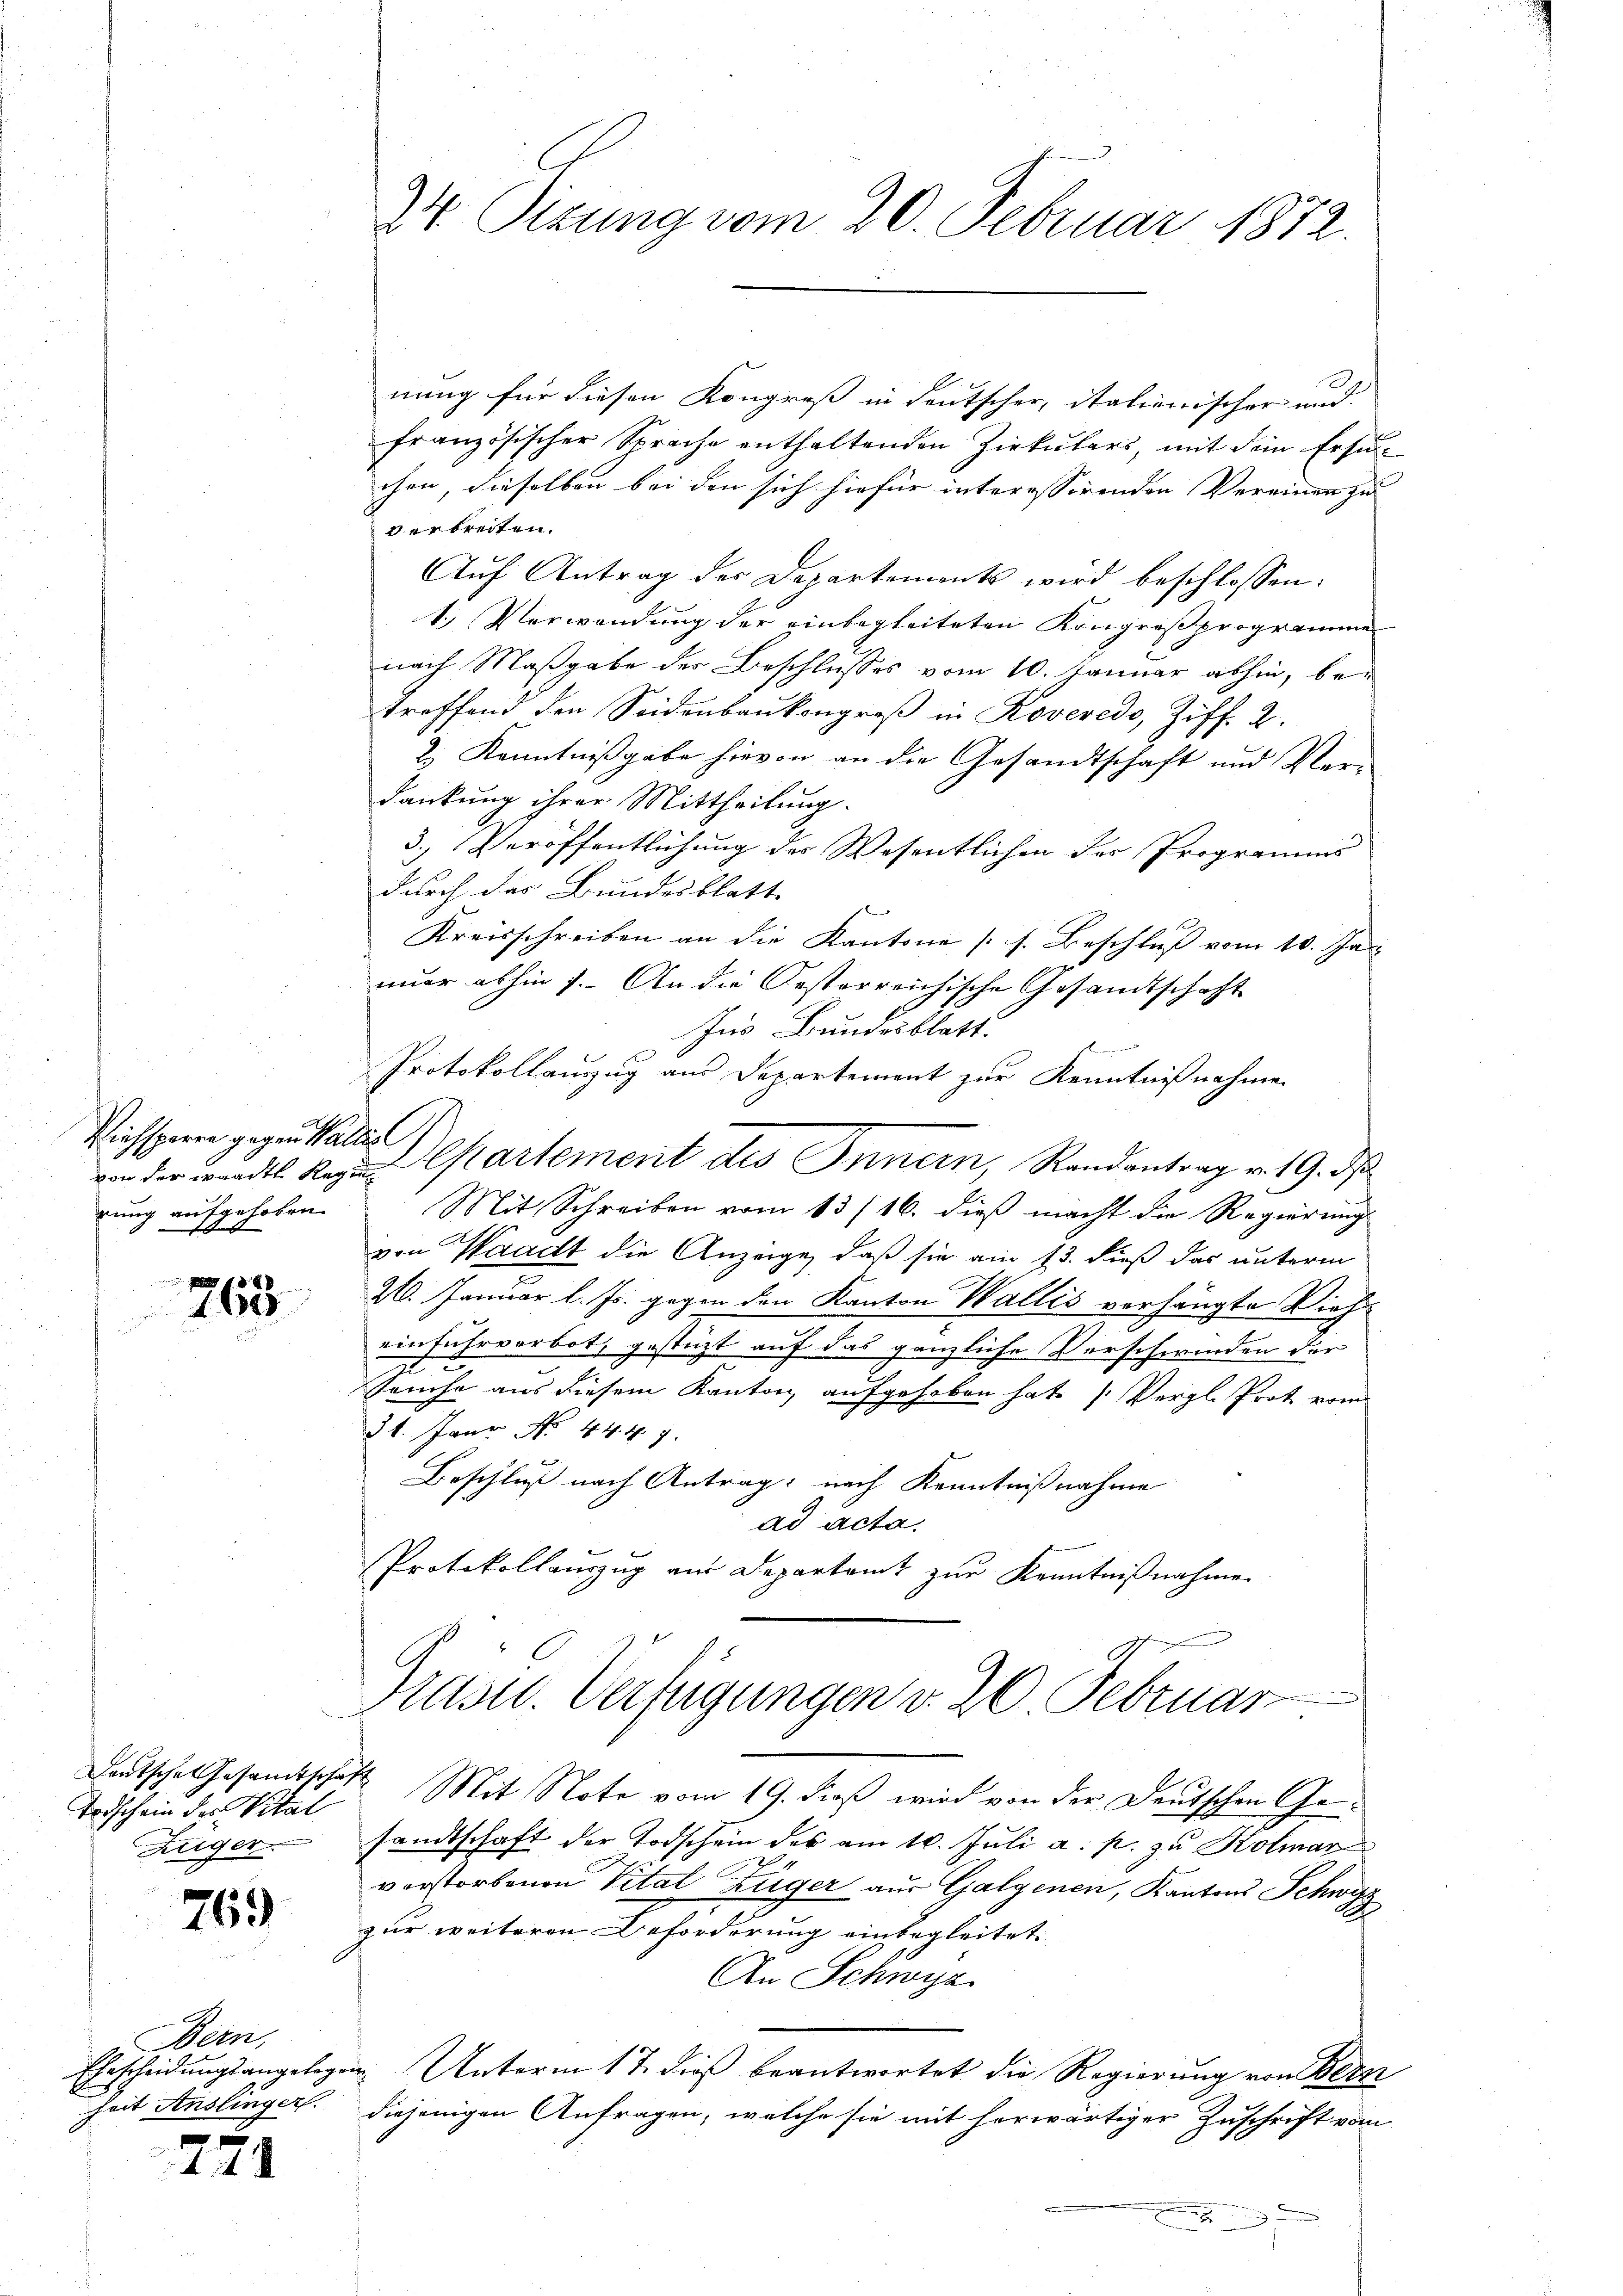
Viehsperre gegen Wallisel
rung aufgehoben.
0

8 x
160

Todschein des Vital
Heger.

769

Bern,
Ehrscheidungsangelege
Zeit Anslinger.

2

71

24 Sizung vom 20. Februar 1812.

nung für diesen Kongreß in deutscher, italienischer und
französischer Sprache enthaltenden Zirkŭlars, mit dem Ersuchen, dieselben bei den sich hiefür interessirenden Vereinen zu
verbreiten.
Aŭf Antrag des Departements wird beschlossen:
1.) Verwendung der einbegleiteten Kongreß programme
nach Maßgabe der Beschlusses vom 10. Januar abhin, betreffend den Seidenbaukongreß in Roveredo, Ziff. 2.
& Kenntnißgabe hievon an die Gesandtschaft und Verdankung ihrer Mittheilung.
3.) Veröffentlichung der Wesentlichen der Programms
durch das Bundesblatt
f
Kreisschreiben an die Kantone (s. Beschluß vom 10. Ja
nuer abhin 7. An die Oesterreichische Gesandtschaft
Ins Bundesblatt.
.
Protokollauszug aus Departement zur Kenntnißnahme
von der waadtl. Regen Cartement des Innern, Randantrag v. 19. ds
Mit Schreiben vom 13/16. dieß macht die Regierung
von Waadt die Anzeige, daß sie am 13. dieß das unterm
26. Januar l. Js. gegen den Kanton Wallis verhängte Vieheinfuhrverbot, gestüzt auf das gänzliche Verschwinden der
Tauche aus diesem Kanton aufgehoben hat (Vergl. Prot vom
31. Janr No. 4447.
Beschluß nach Antrag: nach Kenntnißnahme
ad acta.
Protokollauszug aus Departamt zur Kenntnißnahmen
Präsid. Verfügungen v. 20 Februar
Deutsche Gesamtschaft Mit Note vom 19. dieß wird von der Deutschen Gesandtschaft der Todschein des am 10. Juli a. p. zu Kolmar
vorstorbenen Vital Züger aus Galgenen, Kantons Schwyz
zur weiteren Beforderung einbegleitet.
An Schwyz
u. Unterm 17. dieß beantwortet die Regierung von Bern
diejenigen Anfragen, welche sie mit herwärtiger Zuschrift vom